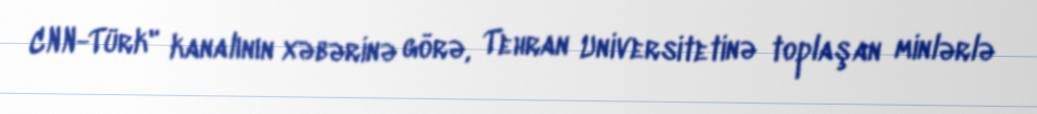
CNN-Türk" kanalının xəbərinə görə, Tehran Universitetinə toplaşan minlərlə